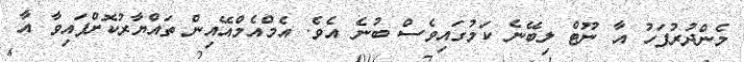
މެންދުރުފަހު އާ ނޫޓް ލިބޭނެ ކަމުގައިވެސް ބުނެ އެވެ. އެމްއެމްއޭއިން ތައްޔާރުކޮށްފައިވާ އާ